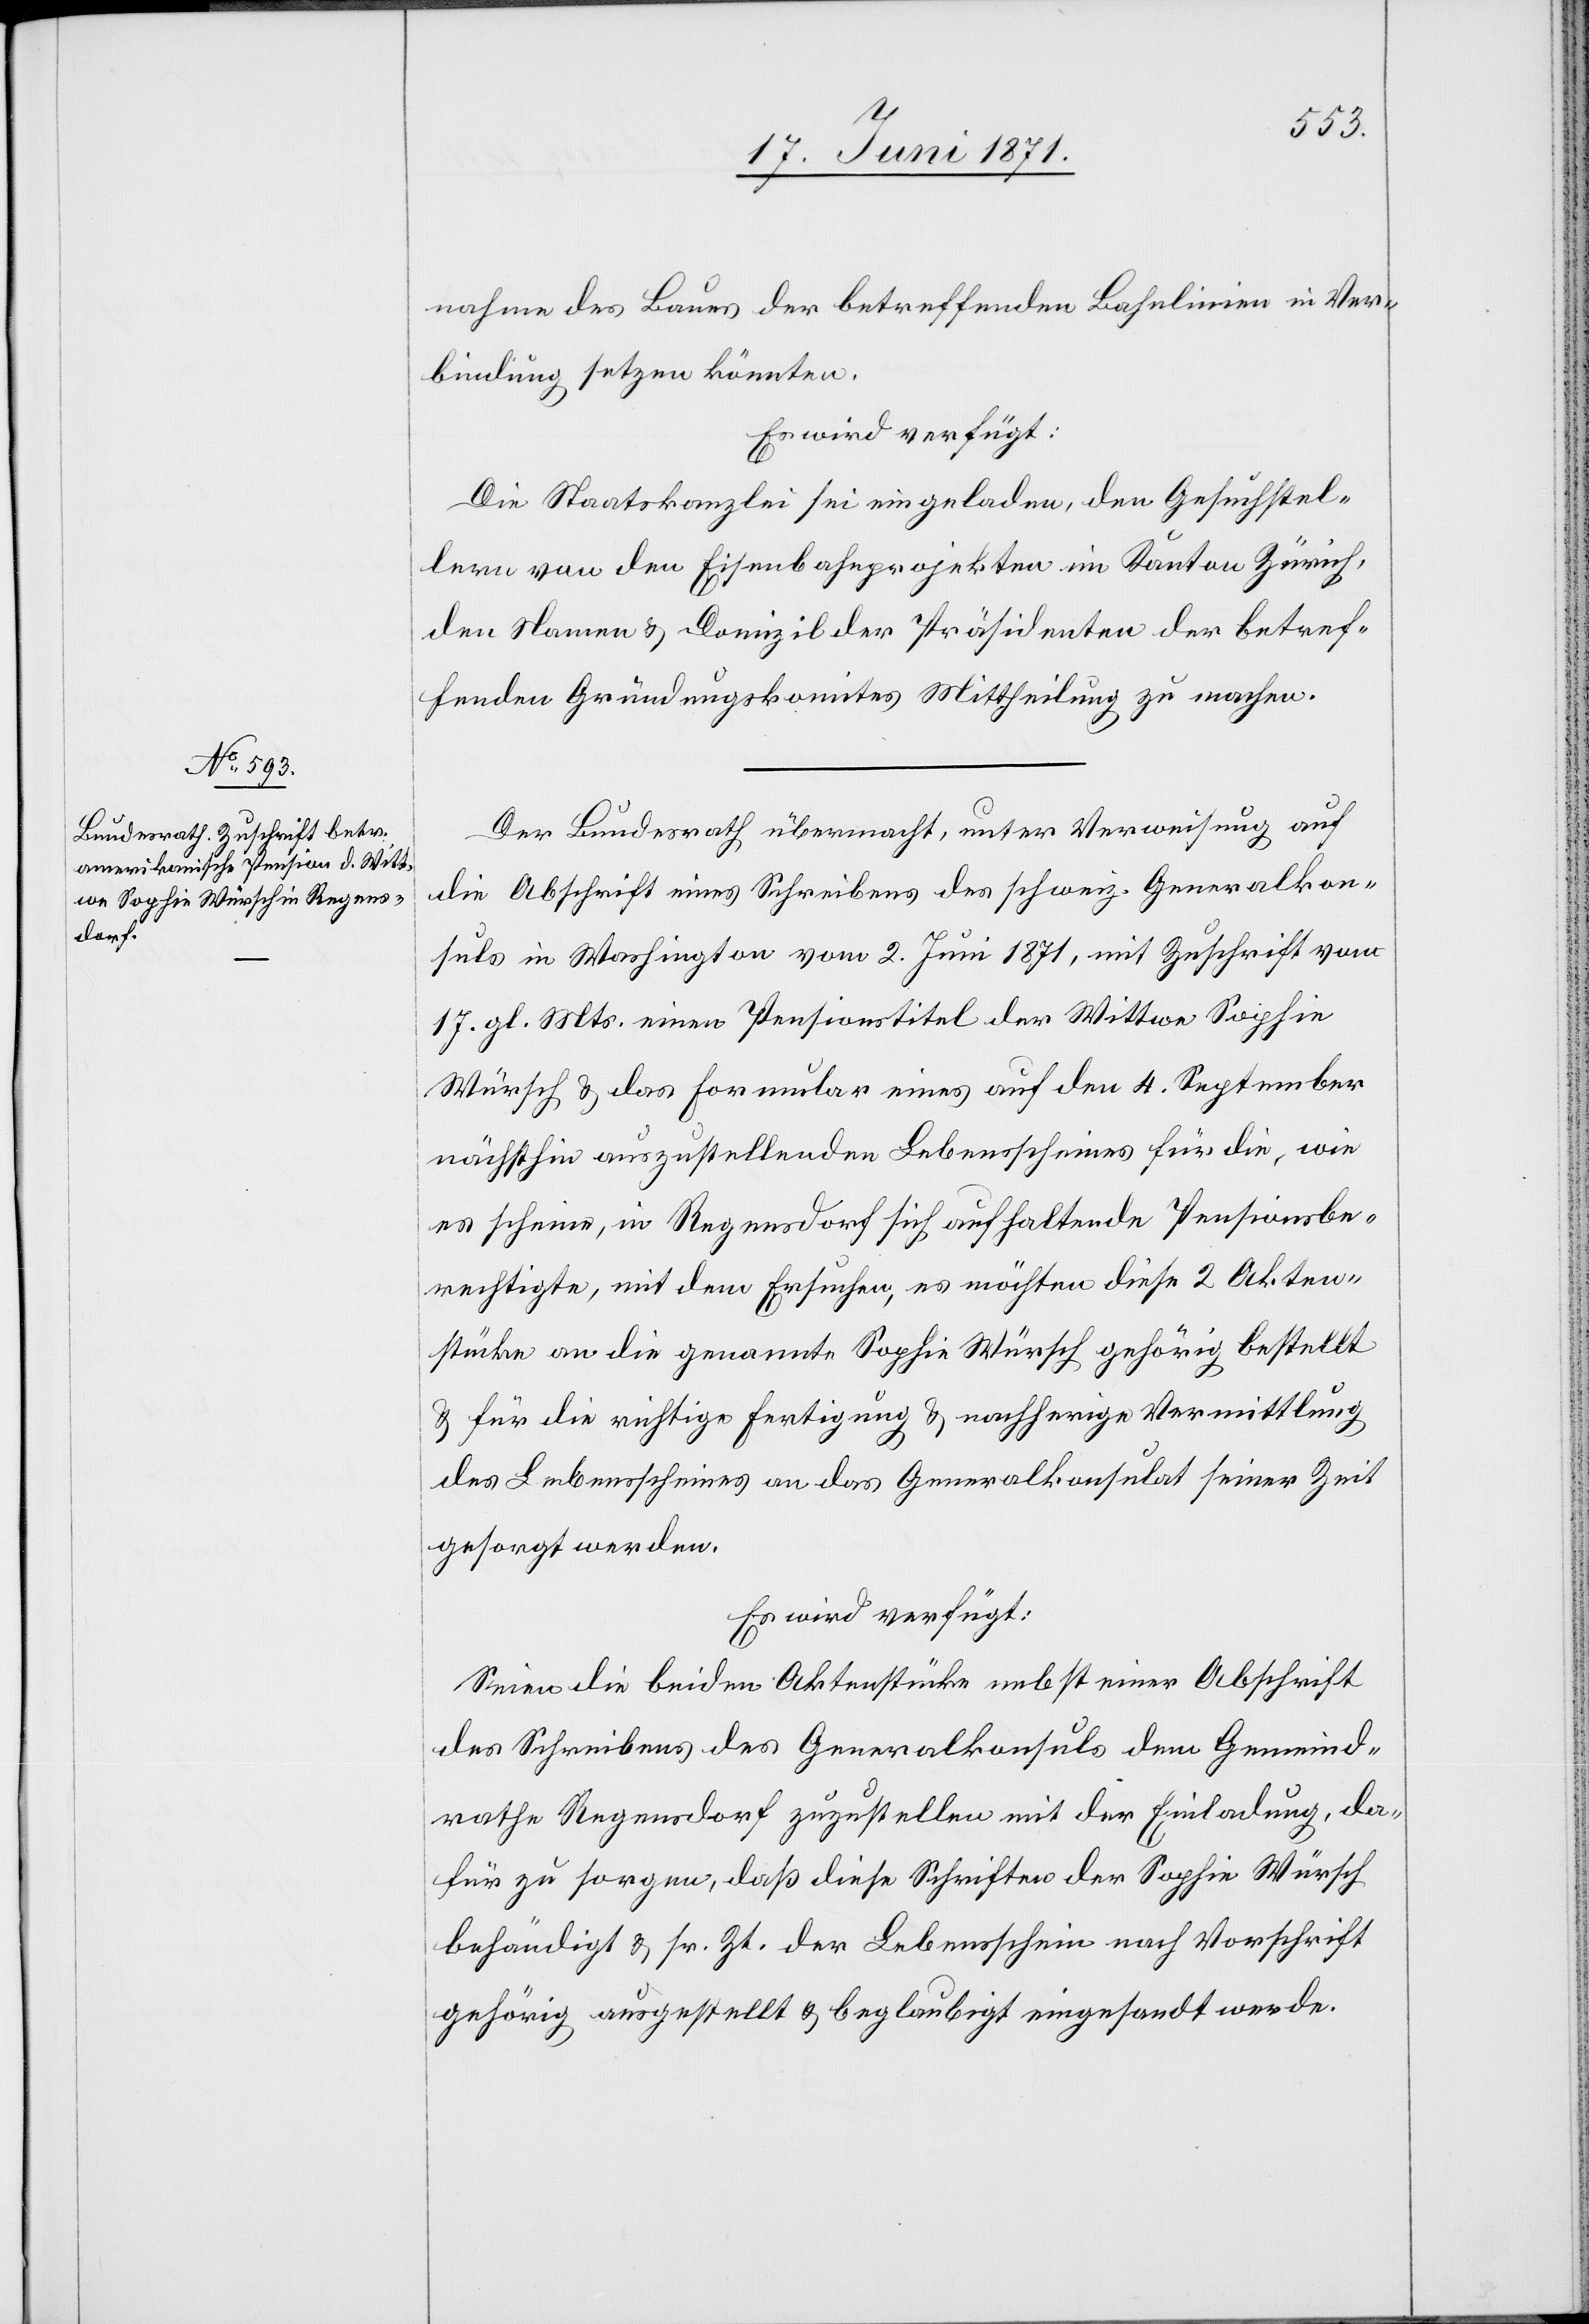
21. Juni 1871.]
nahme des Baues der betreffenden Bahnlinien in Ver¬
bindung setzen könnten.
Es wird verfügt:
Die Staatskanzlei sei eingeladen, den Gesuchsstel¬
lern von den Eisenbahnprojekten im Kanton Zürich,
den Namen u. Domizil des Präsidenten der betref¬
fenden Gründungskomites Mittheilung zu machen.
Der Bundesrath übermacht, unter Verweisung auf
die Abschrift eines Schreibens des schweiz. Generalkon¬
suls in Washington vom 2. Juni 1871, mit Zuschrift vom
17. gl. Mts. einen Pensionstitel der Wittwe Sophie
Würsch u. das Formular eines auf den 4. September
nächsthin auszustellenden Lebensscheines für die, wie
es scheine, in Regensdorf sich aufhaltende Pensionsbe¬
rechtigte, mit dem Ersuchen, es möchten diese 2 Akten¬
stücke an die genannte Sophie Würsch gehörig bestellt
u. für die richtig Fertigung u. nachherige Vermittlung
des Lebensscheines an das Generalkonsulat seiner Zeit
gesorgt werden.
Es wird verfügt:
Seien die beiden Aktenstücke nebst einer Abschrift
des Schreibens des Generalkonsuls dem Gemeind¬
rathe Regensdorf zuzustellen mit der Einladung, da¬
für zu sorgen, daß diese Schriften der Sophie Würsch
behändigt u. sr. Zt. der Lebensschein nach Vorschrift
gehörig ausgestellt u. beglaubigt eingesandt werde.